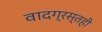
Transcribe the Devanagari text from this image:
वादग्रस्तही